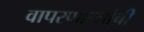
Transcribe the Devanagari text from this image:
वापरणार्‍यांची